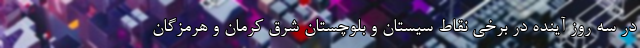
در سه روز آینده در برخی نقاط سیستان و بلوچستان شرق کرمان و هرمزگان